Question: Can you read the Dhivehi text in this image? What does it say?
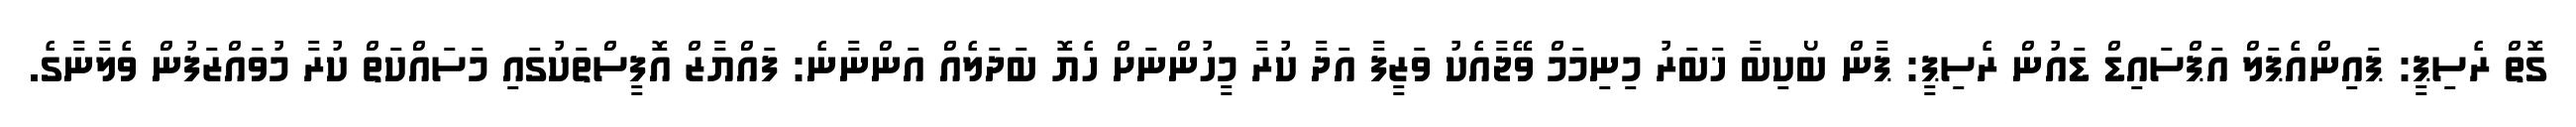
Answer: ގޮތް ރެސިޕީ: ޕައިންއެޕަލް އަޕްސައިޑް ޑައުން ރެސިޕީ: ޕާން ބޯކިބާ ޚަބަރު މިނިމަމް ވޭޖާއެކު ވަޒީފާ އަދާ ކުރާ މީހުންނަށް ހެޔޮ ބަދަލެއް އަންނާނެ: ފައްޔާޒް އޮފީސްތަކުގައި މަސައްކަތް ކުރާ މުވައްޒަފުން ވެލާނާގެ.